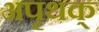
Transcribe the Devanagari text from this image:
अपृथक्